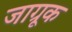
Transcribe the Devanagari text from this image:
जाग्रूक